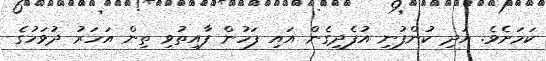
ކަމަށެވެ. އަދި ކުންފުނި އުފެދިގެން އައި ފަހުން ފާއިތުވި ތިން އަހަރު ދުވަހުގެ